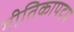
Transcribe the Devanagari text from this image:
गीतिकापदम